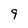
Character: 9